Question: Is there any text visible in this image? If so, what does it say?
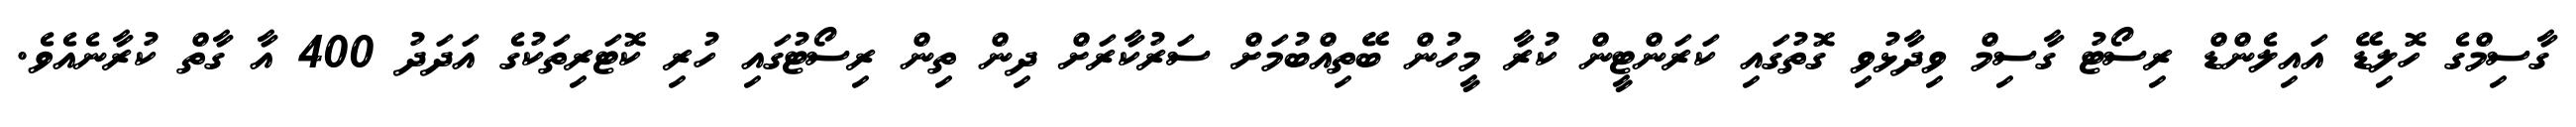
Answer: ގާސިމްގެ ހޮލިޑޭ އައިލެންޑް ރިސޯޓު ގާސިމް ވިދާޅުވި ގޮތުގައި ކަރަންޓީން ކުރާ މީހުން ބޭތިއްބުމަށް ސަރުކާރަށް ދިން ތިން ރިސޯޓުގައި ހުރި ކޮޓަރިތަކުގެ އަދަދު 400 އާ ގާތް ކުރާނެއެވެ.